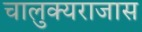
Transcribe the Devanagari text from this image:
चालुक्यराजास